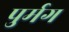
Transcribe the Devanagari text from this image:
पुर्मग